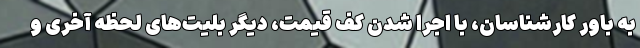
به باور کارشناسان، با اجرا شدن کف قیمت، دیگر بلیت‌های لحظه آخری و